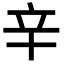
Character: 辛